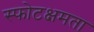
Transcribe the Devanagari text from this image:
स्फोटक्षमता